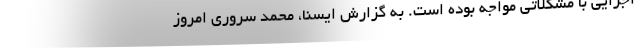
اجرایی با مشکلاتی مواجه بوده است. به گزارش ایسنا، محمد سروری امروز